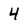
Character: 4